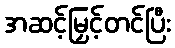
အဆင့်မြှင့်တင်ပြီး